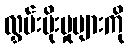
လွှမ်းမိုးမှုများကို